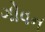
ગોવન